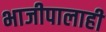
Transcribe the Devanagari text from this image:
भाजीपालाही